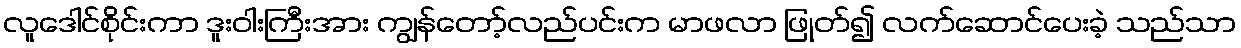
လူဒေါင်စိုင်းကာ ဒူးဝါးကြီးအား ကျွန်တော့်လည်ပင်းက မာဖလာ ဖြုတ်၍ လက်ဆောင်ပေးခဲ့ သည်သာ